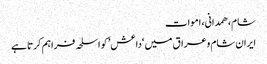
شام، ھمدانی، اموات
ایران شام وعراق میں ‘داعش’ کو اسلحہ فراہم کرتا ہے